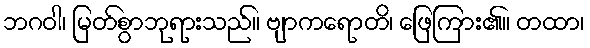
ဘဂဝါ၊ မြတ်စွာဘုရားသည်။ ဗျာကရောတိ၊ ဖြေကြား၏။ တထာ၊